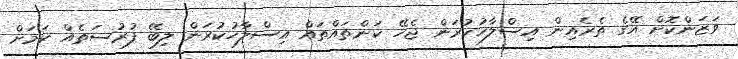
ވަޒަންކޮށް އޭގެ ތެރެއިން އިސްލާހުކުރަން ޖެހޭ ކަންތައްތައް އިސްލާހުކުރަން ލިބޭ ފުރުސަތެއް ކަމަށް